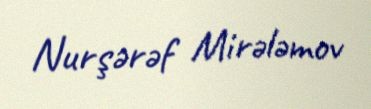
Nurşərəf Mirələmov